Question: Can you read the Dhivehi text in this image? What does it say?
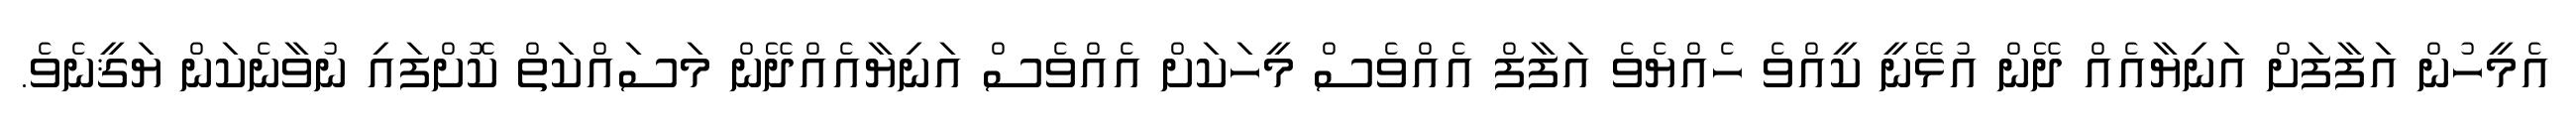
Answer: އެމީހުން އަފާފަށް އަނިޔާއެއް ދޭން އުޅޭނީ ކީއްވެ ހެއްޔެވެ އަފާފް އެއްވެސް މީހަކަށް އެއްވެސް އަނިޔާއެއްދޭން މަސައްކަތް ކޮށްފައި ނުވާނެކަން ޔަޤީނެވެ.